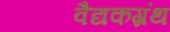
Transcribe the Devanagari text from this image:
वैद्यकग्रंथ